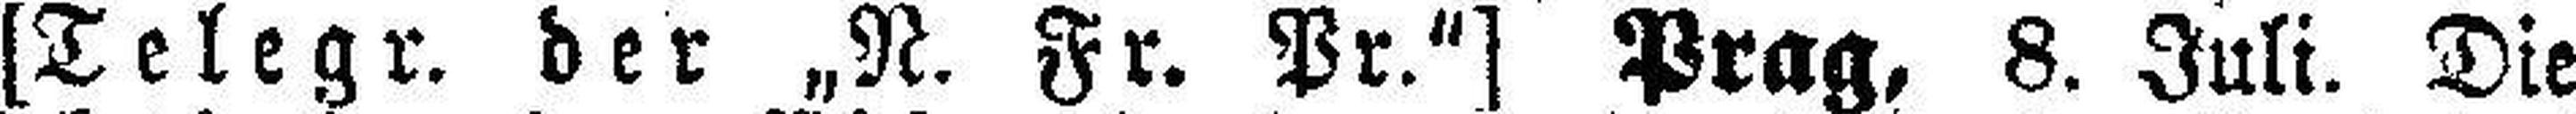
[Telegr. der „N. Fr. Pr.“] Prag, 8. Juli. Die